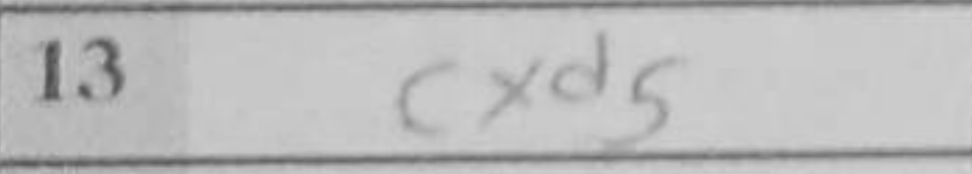
Transcription: cxd5